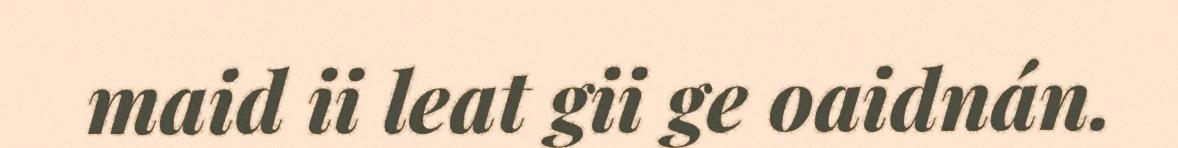
maid ii leat gii ge oaidnán.